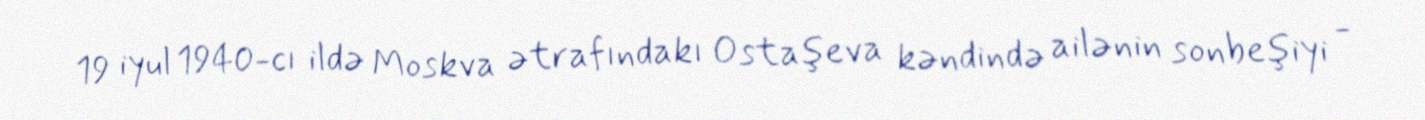
19 iyul 1940-cı ildə Moskva ətrafındakı Ostaşeva kəndində ailənin sonbeşiyi -